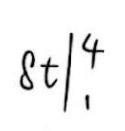
$8t|_{1}^{4}$